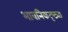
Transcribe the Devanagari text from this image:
भावनिकदृष्‍ट्या